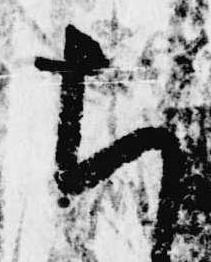
ち